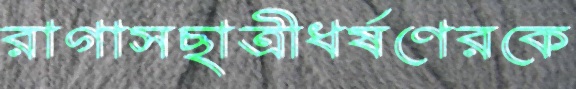
রাগাসছাত্রীধর্ষণেরকে